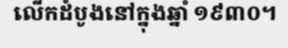
លើកដំបូងនៅក្នុងឆ្នាំ ១៩៣០។